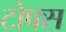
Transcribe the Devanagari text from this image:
टोफ्स